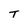
Character: T